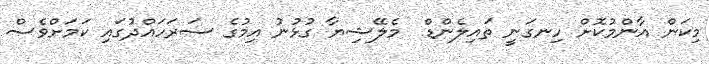
މިކަން އާންމުކޮށް ހިނގަނީ ތައިލެންޑް  މެލޭޝިޔާ ގުޅުނު އިމުގެ ސަރަހައްދުގައި ކަމަށްވެސް